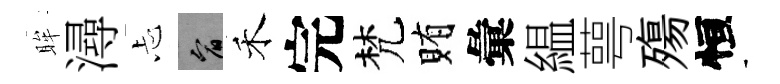
眸潯忐宥禾完梵賄彙緼萼殤恒